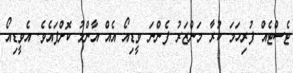
ޓެސްޓެއް ފުރިހަމަ ކުރާ މަންޒަރު ފެންނަ ވީޑިއޯ އެއް އާންމު ކޮށްފައެވެ. އެވީޑިއޯ